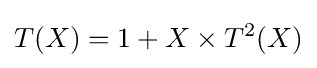
T(X)=1+X\times T^{2}(X)